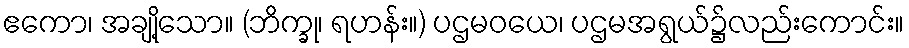
ဧကော၊ အချို့သော။ (ဘိက္ခု၊ ရဟန်း။) ပဌမဝယေ၊ ပဌမအရွယ်၌လည်းကောင်း။